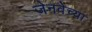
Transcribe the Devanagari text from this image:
जेनवेच्या